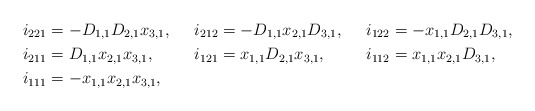
\begin{align*}i_{221}&=-D_{1,1}D_{2,1}x_{3,1}, & i_{212}&=-D_{1,1}x_{2,1}D_{3,1}, & i_{122}&=-x_{1,1}D_{2,1}D_{3,1},\\i_{211}&=D_{1,1}x_{2,1}x_{3,1}, & i_{121}&=x_{1,1}D_{2,1}x_{3,1}, & i_{112}&=x_{1,1}x_{2,1}D_{3,1},\\i_{111}&=-x_{1,1}x_{2,1}x_{3,1},\end{align*}